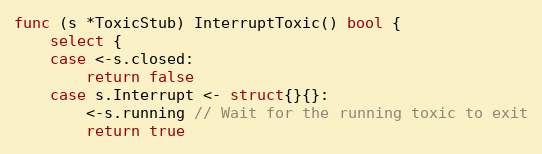
Language: Go
func (s *ToxicStub) InterruptToxic() bool {
	select {
	case <-s.closed:
		return false
	case s.Interrupt <- struct{}{}:
		<-s.running // Wait for the running toxic to exit
		return true